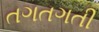
તગતગતી